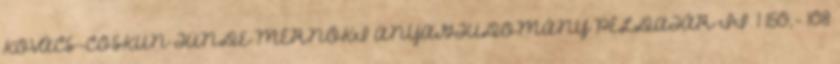
KOVÁCS-COSKUN TÜNDE MÉRNÖKI ANYAGTUDOMÁNY PÉLDATÁR II. 1 150,- 108